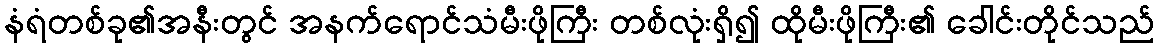
နံရံတစ်ခု၏အနီးတွင် အနက်ရောင်သံမီးဖိုကြီး တစ်လုံးရှိ၍ ထိုမီးဖိုကြီး၏ ခေါင်းတိုင်သည်